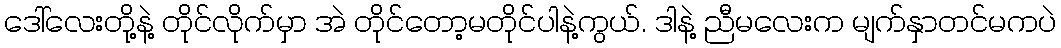
ဒေါ်လေးတို့နဲ့ တိုင်လိုက်မှာ အဲ တိုင်တော့မတိုင်ပါနဲ့ကွယ်. ဒါနဲ့ ညီမလေးက မျက်နှာတင်မကပဲ